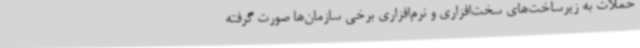
حملات به زیرساخت‌های سخت‌افزاری و نرم‌افزاری برخی سازمان‌ها صورت گرفته